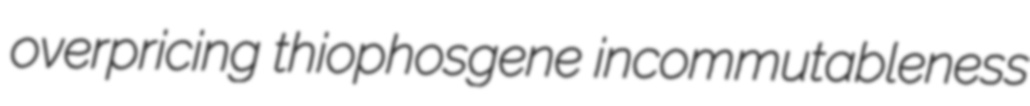
overpricing thiophosgene incommutableness